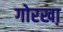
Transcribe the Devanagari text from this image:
गोरखा़